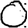
Digit: 0